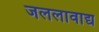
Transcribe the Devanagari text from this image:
जललावाद्य